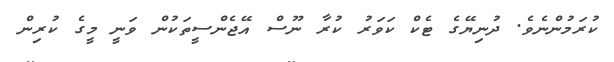
ކުރަމުންނެވެ. ދުނިޔޭގެ ޓެކް ކަވަރު ކުރާ ނޫސް އޭޖެންސީތަކުން ވަނީ މީގެ ކުރިން